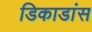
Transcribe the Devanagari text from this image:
डिकाडांस